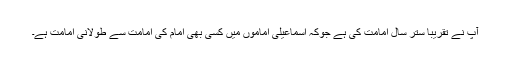
آپ نے تقریبا ستر سال امامت کی ہے جوکہ اسماعیلی اماموں میں کسی بھی امام کی امامت سے طولانی امامت ہے۔